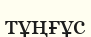
тұңғұс